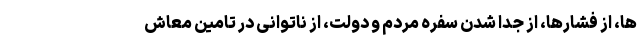
ها، از فشارها، از جدا شدن سفره مردم‌ و دولت، از ناتوانی در تامین معاش